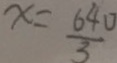
x = \frac { 6 4 0 } { 3 }